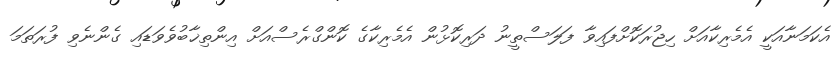
އެކަމަނާއަކީ އެމެރިކާއަށް ހިޖުރަކޮށްފައިވާ ފަލަސްތީނު ދަރިކޮޅުން އެމެރިކާގެ ކޮންގްރެސްއަށް އިންތިޚާބުވެވަޑައި ގެންނެވި ފުރަތަމަ